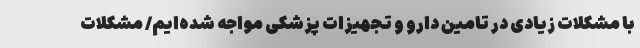
با مشکلات زیادی در تامین دارو و تجهیزات پزشکی مواجه شده‌ایم/ مشکلات